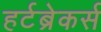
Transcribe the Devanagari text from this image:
हर्टब्रेकर्स